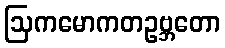
ဩကမောကတဥဗ္ဘတော